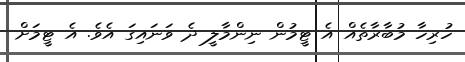
ހުރިހާ މުބާރާތެއް އެ ޓީމުން ނިންމާލީ ދެ ވަނައިގަ އެވެ. އެ ޓީމަށް